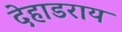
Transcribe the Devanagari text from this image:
देहाडराय